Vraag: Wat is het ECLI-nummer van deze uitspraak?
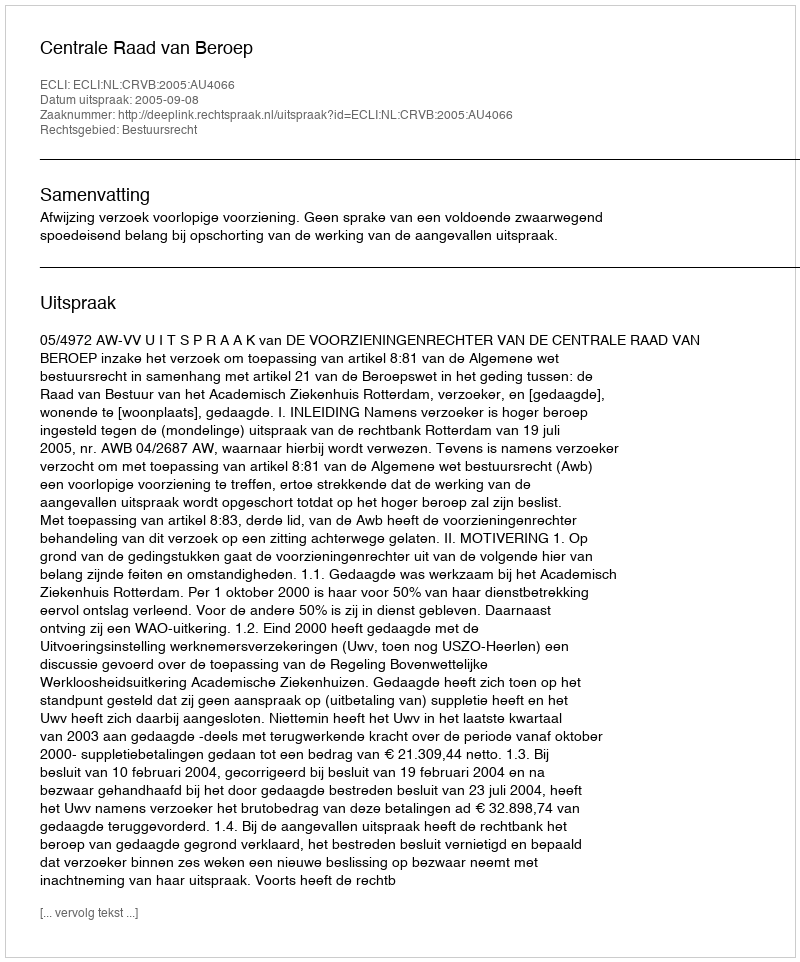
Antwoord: ECLI:NL:CRVB:2005:AU4066